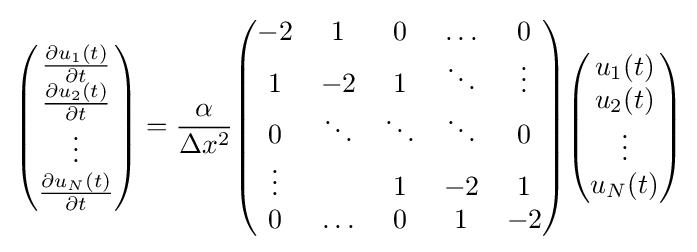
{\begin{pmatrix}{\frac {\partial u_{1}(t)}{\partial t}}\\{\frac {\partial u_{2}(t)}{\partial t}}\\\vdots \\{\frac {\partial u_{N}(t)}{\partial t}}\end{pmatrix}}={\frac {\alpha }{\Delta x^{2}}}{\begin{pmatrix}-2&1&0&\ldots &0\\1&-2&1&\ddots &\vdots \\0&\ddots &\ddots &\ddots &0\\\vdots &&1&-2&1\\0&\ldots &0&1&-2\end{pmatrix}}{\begin{pmatrix}u_{1}(t)\\u_{2}(t)\\\vdots \\u_{N}(t)\\\end{pmatrix}}